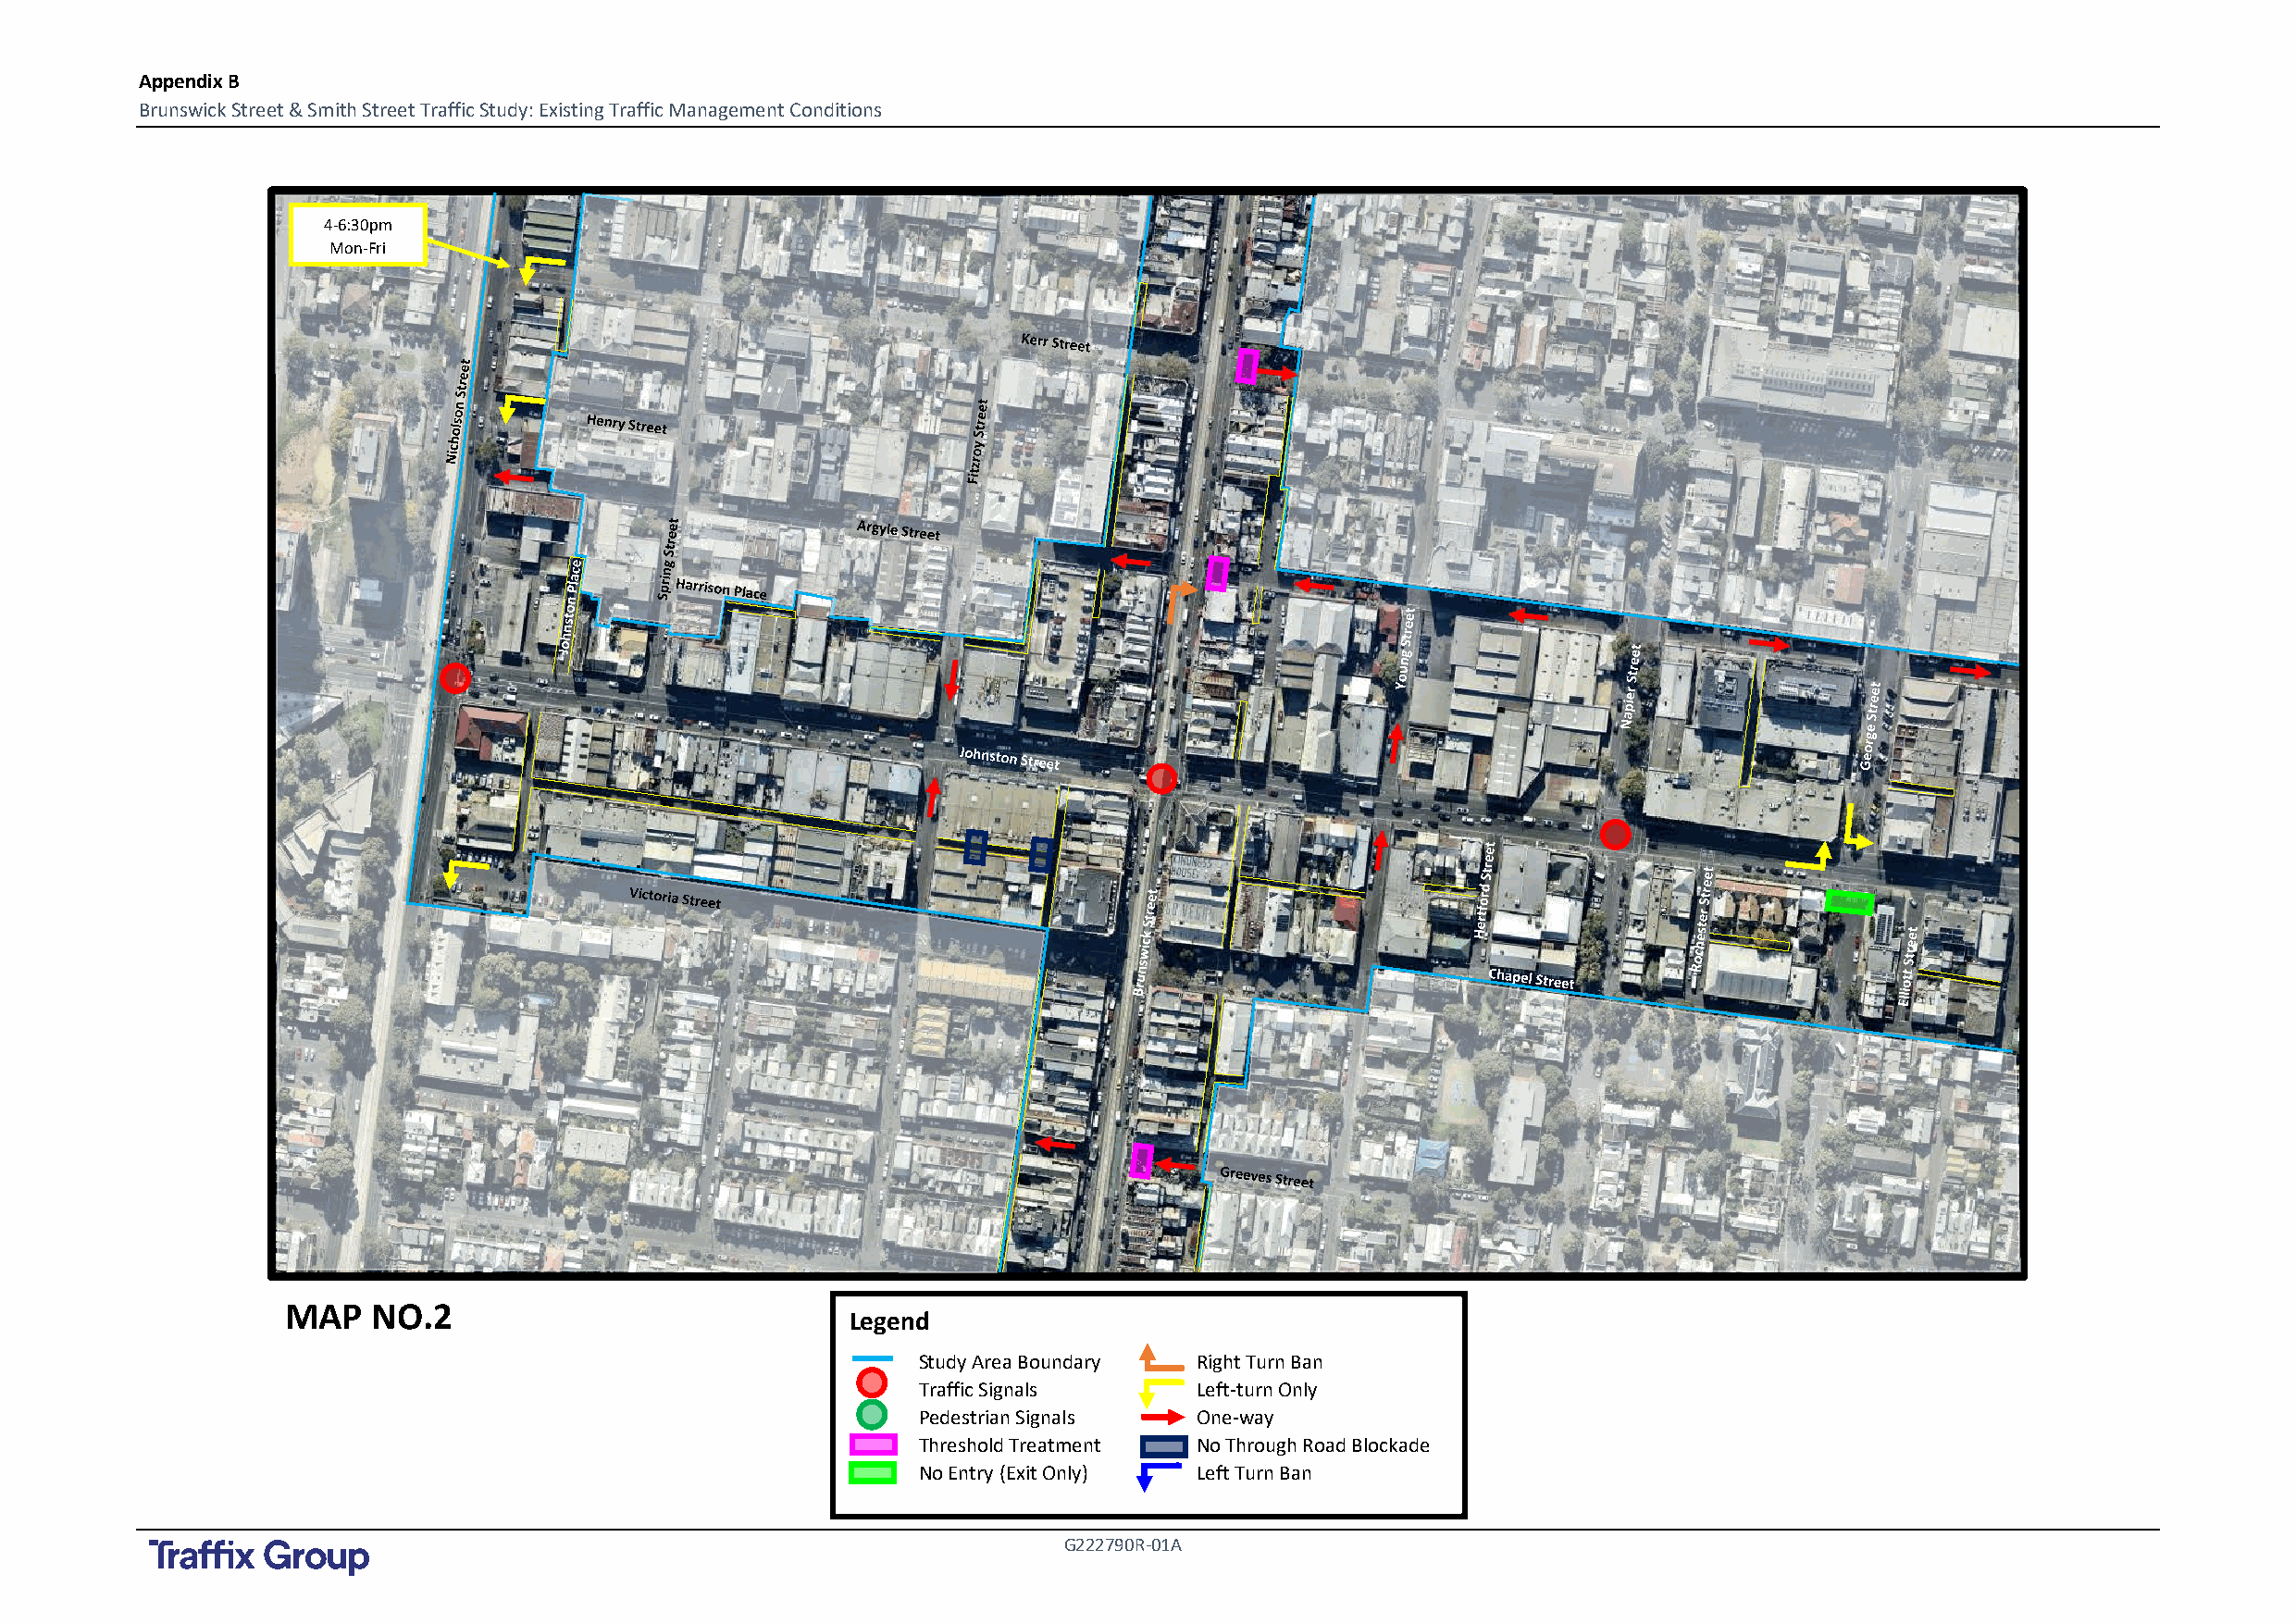
Appendix B
 Brunswick Street & Smith Street Traffic Study: Existing Traffic Management Conditions
 4-6:30pm
 Mon-Fri
 MAP    NO.2
 Legend
 Study Area Boundary Right Turn Ban
 Traffic Signals     Left-turn Only
 Pedestrian Signals  One-way
 Threshold Treatment No Through Road Blockade
 No Entry (Exit Only) Left Turn Ban
 G222790R-01A